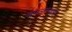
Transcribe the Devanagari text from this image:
वगळण्यास